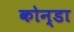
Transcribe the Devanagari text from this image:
कोन्डा